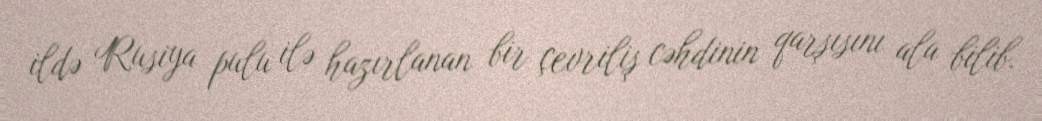
ildə Rusiya pulu ilə hazırlanan bir çevriliş cəhdinin qarşısını ala bilib.